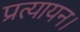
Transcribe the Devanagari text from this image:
प्रत्यायन।